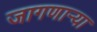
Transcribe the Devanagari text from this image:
जागणाऱ्या